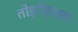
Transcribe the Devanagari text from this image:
तोड़नेवाला